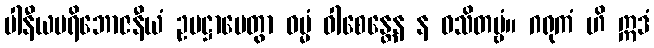
ပါနီယပရိဘောဇနီယံ ဥပဋ္ဌာပေတွာ ဓမ္မံ ဝါစေန္တေန န ဝသိတဗ္ဗံ။ ဂရုကံ ဟိ ဣဒံ